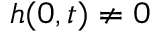
h ( 0 , t ) \neq 0